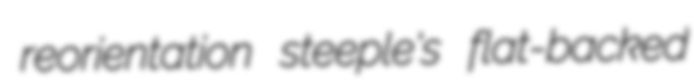
reorientation steeple's flat-backed